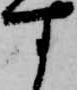
す